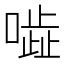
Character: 𠾜